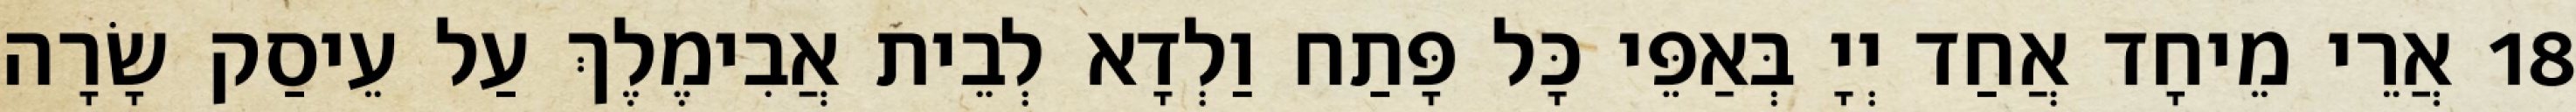
18 אֲרֵי מֵיחָד אֲחַד יְיָ בְּאַפֵּי כָּל פָּתַח וַלְדָא לְבֵית אֲבִימֶלֶךְ עַל עֵיסַק שָׂרָה